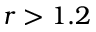
r > 1 . 2